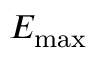
E _ { \mathrm { m a x } }